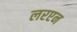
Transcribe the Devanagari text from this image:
लरएन